Annual administration report of the Civil Veterinary Department of India - 1897-1898
Year: 1897
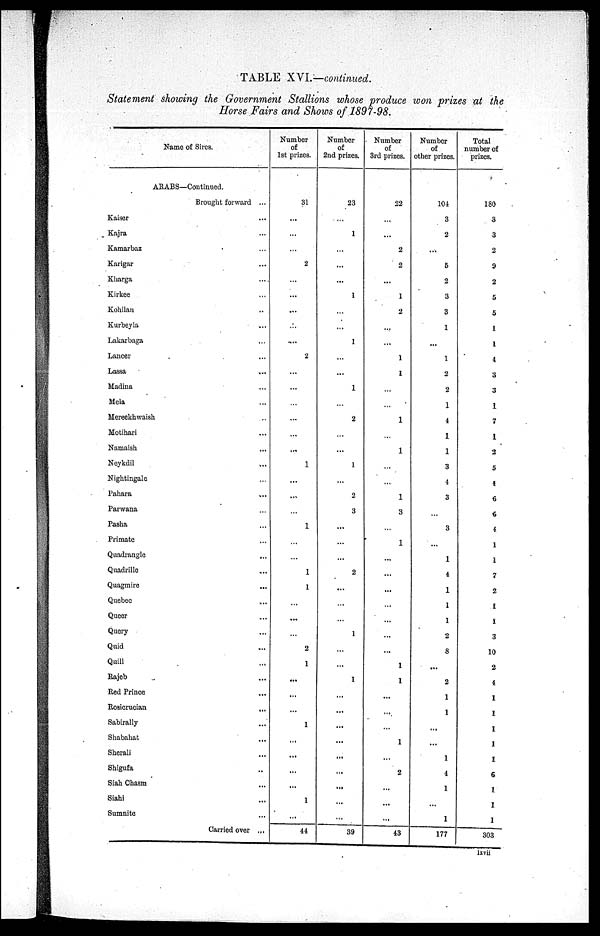
TABLE XVI.—continued.
Statement showing the Government Stallions whose produce won prizes at the
Horse Fairs and Shows of 1891—98.
Name of Sires.
ARABS—Continued.
Brought forward ...
Kaiser ...
Kajra ...
Kamarbaz ...
Karigar ...
Kluirga ...
Kirkee ...
Kohilau ...
Kurbeyla ...
Lakarbaga ...
Lancer
Lassa ...
Madina ...
Mela ...
Mereekhwaish ...
Motihari ...
Namaish ...
Neykdil ...
Nightingale ...
Pahara ...
Parwana ...
Pasha ...
Primate ...
Quadrangle
...
Quadrille
Quagmire ...
Quebec ...
Queer ...
Query ...
Quid ...
Quill ...
Rajeb ...
Red Prince ...
Rosicrucian
...
Sabirally ...
Shabahat ...
Sherali ...
Shigufa ...
Siah Chasm ...
Siahi ...
Sumnite ...
Carried over ...
Number
of
1st prizes.
31
...
...
...
2
...
...
...
...
....
2
...
...
...
...
...
...
1
...
...
...
1
...
...
1
1
...
...
...
2
1
...
...
...
1
...
...
...
...
1
...
44
Number
of
2nd prizes.
23
...
1
...
...
...
1
...
...
1
...
...
1
...
2
...
...
1
...
2
3
...
...
...
2
...
...
...
1
...
...
1
...
...
...
...
...
...
...
...
...
39
Number
of
3rd prizes.
22
...
...
2
2
...
1
2
...
...
1
1
...
...
1
...
1
...
...
1
3
...
1
...
...
...
...
...
...
...
1
1
...
...
...
1
...
2
...
...
...
43
Number
of
other prizes.
104
3
2
...
5
2
3
3
1
...
1
2
2
1
4
1
1
3
4
3
...
3
...
...
...
...
...
...
2
8
...
2
1
1
...
...
1
4
1
...
1
177
Total
number of
prizes.
180
3
3
2
9
2
5
5
1
1
4
3
3
1
7
1
2
5
4
6
6
4
1
1
7
2
1
1
3
10
2
...
...
...
...
...
...
...
...
...
...
303
lxvii